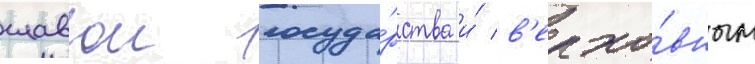
главои госуда́рства и́ в'ерхо́вным